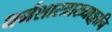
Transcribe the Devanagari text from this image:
धर्मशास्त्राख्याङ्गानि